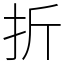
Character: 折